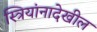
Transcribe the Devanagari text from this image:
स्त्रियांनादेखील